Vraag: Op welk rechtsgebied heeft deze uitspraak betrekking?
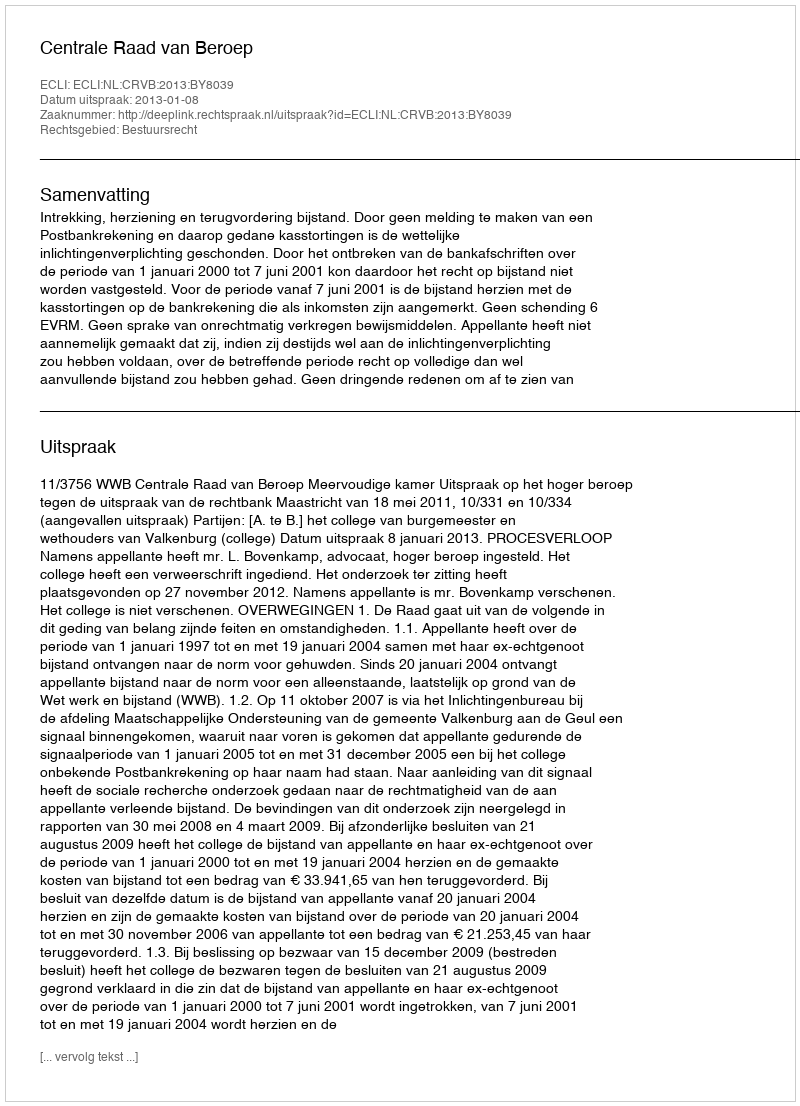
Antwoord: Bestuursrecht